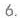
6.